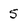
Character: 5